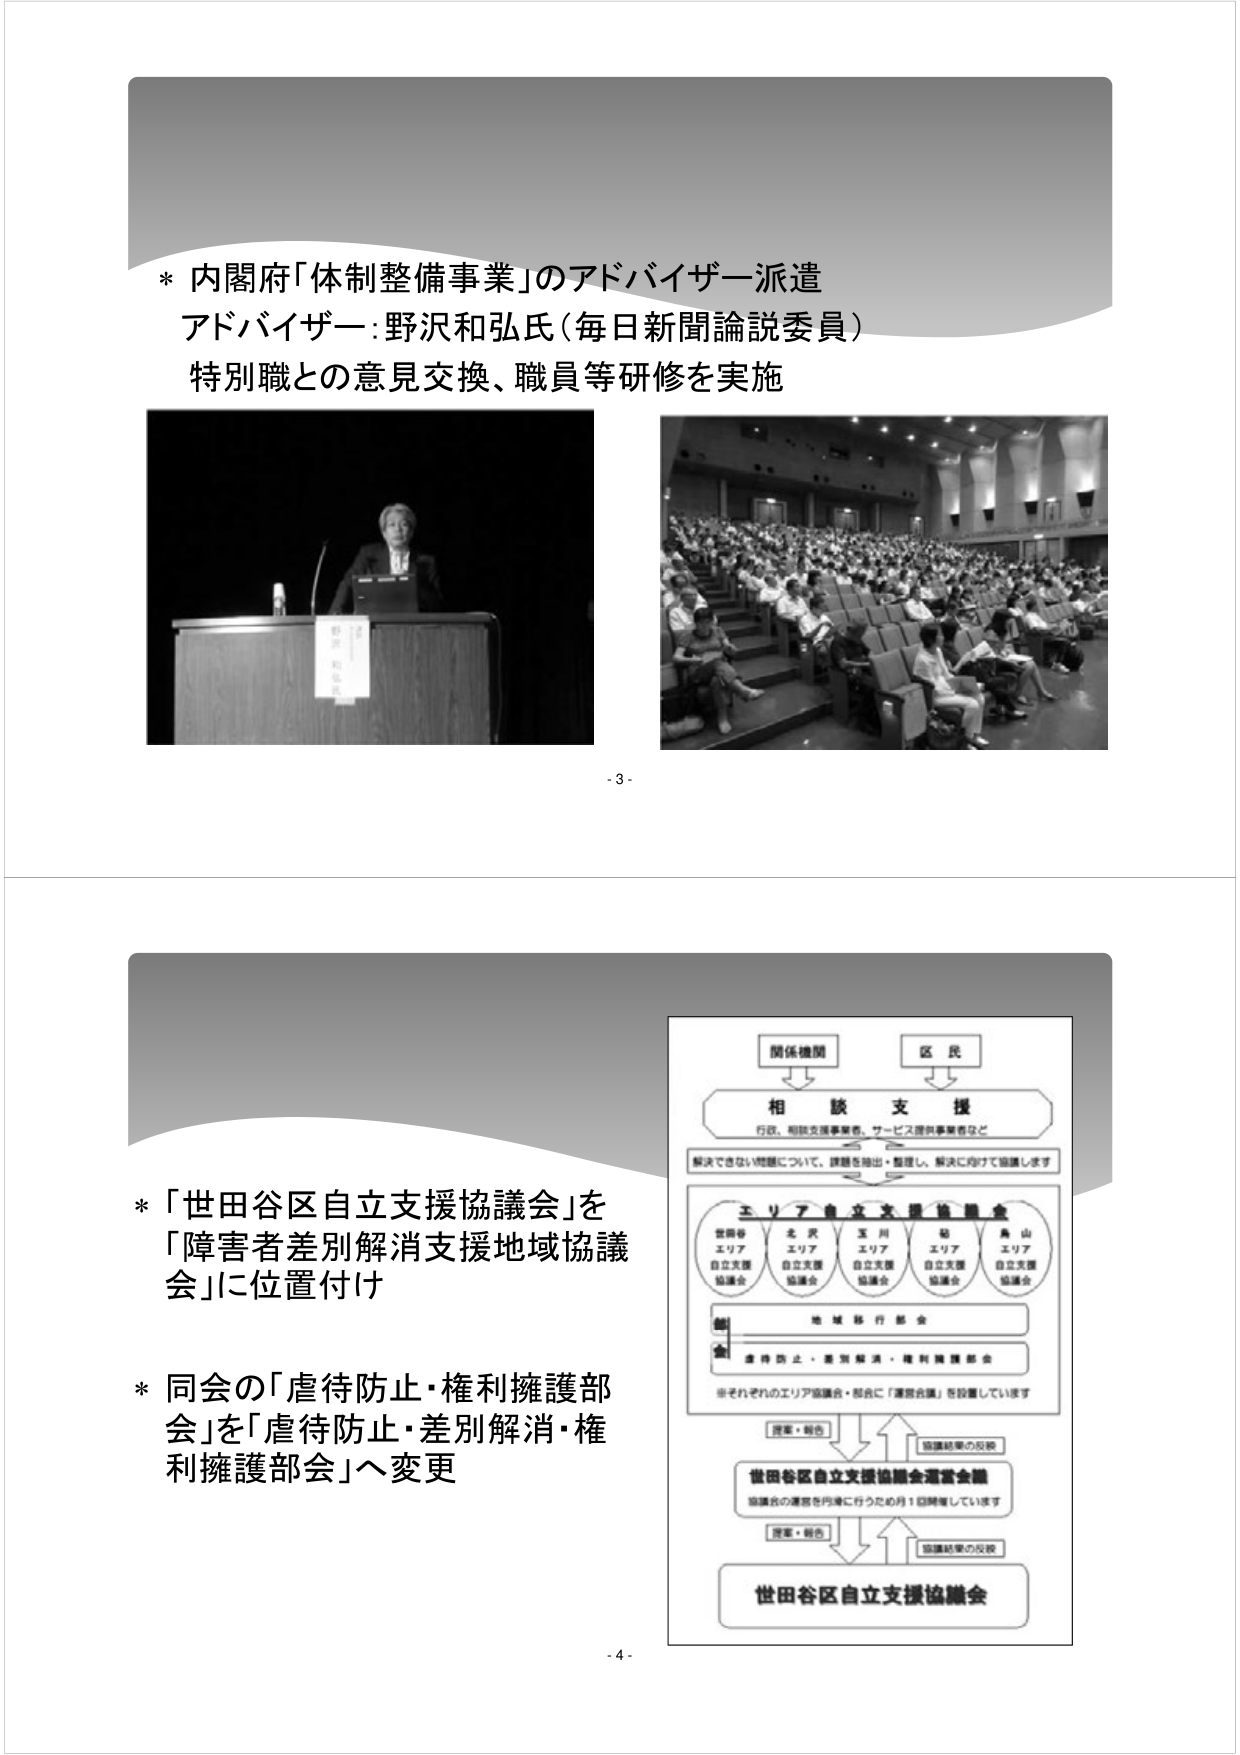
* 内閣府「体制整備事業」のアドバイザー派遣
アドバイザー：野沢和弘氏（毎日新聞論説委員）
特別職との意見交換、職員等研修を実施

- 3 -

* 「世田谷区自立支援協議会」を
「障害者差別解消支援地域協議会」に位置付け

* 同会の「虐待防止・権利擁護部会」を「虐待防止・差別解消・権利擁護部会」へ変更

関係機関
区民
相談支援
行政、相談支援事業者、サービス提供事業者など
解決できない問題について、課題を抽出・整理し、解決に向けて協議します

エリア自立支援協議会
世田谷エリア自立支援協議会
本町エリア自立支援協議会
玉川エリア自立支援協議会
砧エリア自立支援協議会
烏山エリア自立支援協議会

地域移行部会
虐待防止・差別解消・権利擁護部会
※それぞれのエリア協議会・部会に「運営会議」を設置しています

提案・報告
協議結果の反映
世田谷区自立支援協議会運営会議
協議会の運営を円滑に行うため月1回開催しています

提案・報告
協議結果の反映
世田谷区自立支援協議会

- 4 -